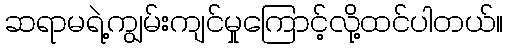
ဆရာမရဲ့ကျွမ်းကျင်မှုကြောင့်လို့ထင်ပါတယ်။